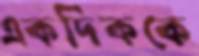
একদিককে